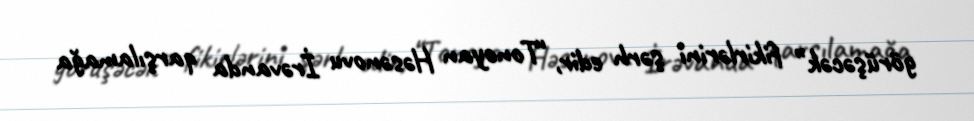
görüşəcək” fikirlərini şərh edir, “Tonoyan Həsənovu İrəvanda qarşılamağa